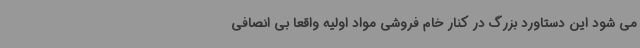
می شود این دستاورد بزرگ در کنار خام فروشی مواد اولیه واقعاً بی انصافی